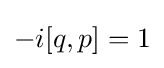
-i[q,p]=1